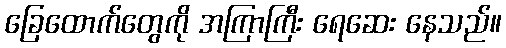
ခြေထောက်တွေကို အကြာကြီး ရေဆေး နေသည်။